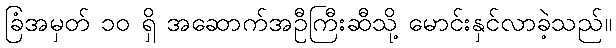
ခြံအမှတ် ၁၀ ရှိ အဆောက်အဦကြီးဆီသို့ မောင်းနှင်လာခဲ့သည်။